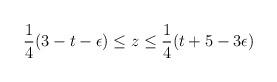
LaTeX: \begin{align*}\frac{1}{4}(3-t-\epsilon ) \leq z \leq \frac{1}{4} (t+ 5-3\epsilon )\end{align*}